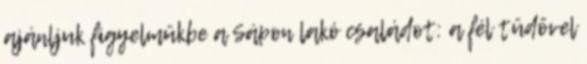
ajánljuk figyelmükbe a Sápon lakó családot: a fél tüdővel